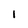
Character: l